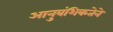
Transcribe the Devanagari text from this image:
आनुवंशिकतेने